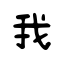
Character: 我